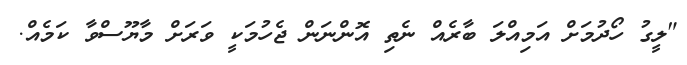
"ލީގު ހޯދުމަށް އަމިއްލަ ބާރެއް ނެތި އޮންނަން ޖެހުމަކީ ވަރަށް މާޔޫސްވާ ކަމެއް.